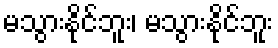
မသွားနိုင်ဘူး၊ မသွားနိုင်ဘူး